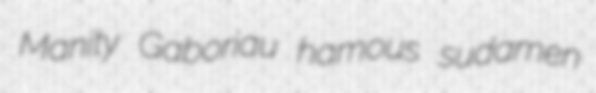
Manity Gaboriau hamous sudamen